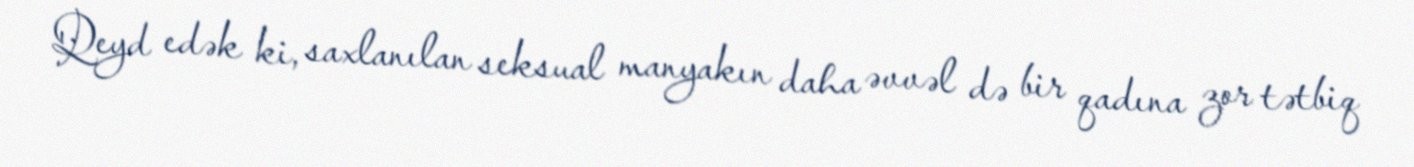
Qeyd edək ki, saxlanılan seksual manyakın daha əvvəl də bir qadına zor tətbiq